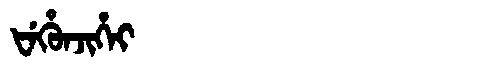
Manchu: ᡶᡝᡥᡠᠨᠵᡳᡥᡝᡳ
Romanization: FEHUNJIHEI